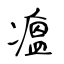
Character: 瘟